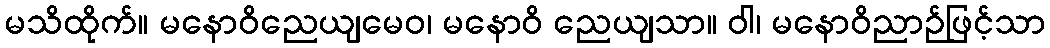
မသိထိုက်။ မနောဝိညေယျမေဝ၊ မနောဝိ ညေယျသာ။ ဝါ၊ မနောဝိညာဉ်ဖြင့်သာ